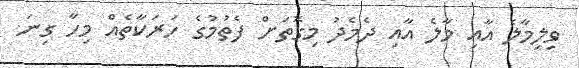
ވިލިމާލެ އާއި މާލެ އާއި ދެމެދު މިގޮތަށް ފެތުމުގެ ހަރަކާތެއް މިހާ ގިނަ